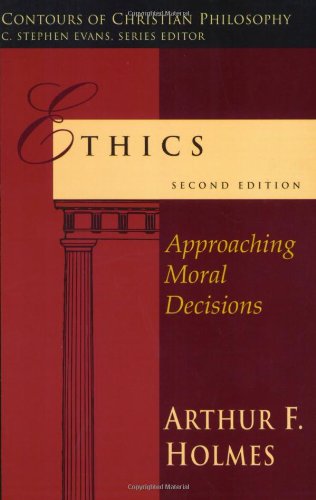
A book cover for Ethics: Approaching Moral Decisions (Contours of Christian Philosophy); Arthur F. Holmes; Politics & Social Sciences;